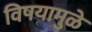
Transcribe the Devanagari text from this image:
विषयामुळे